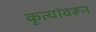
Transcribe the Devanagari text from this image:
कृत्यांवरून